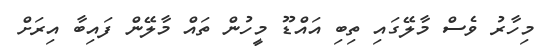
މިހާރު ވެސް މާލޭގައި ތިބި އައްޑޫ މީހުން ތައް މާލޭން ފައިބާ އިރަށް